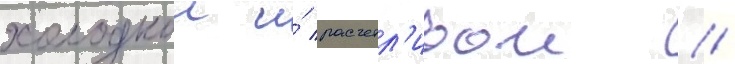
холоднои и́ расчетл'ивои /